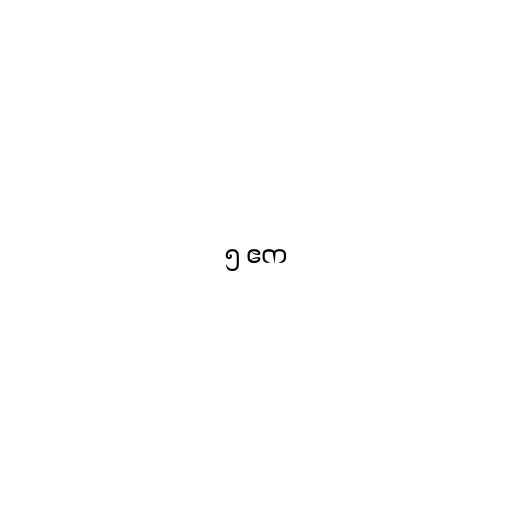
၅ ဧက